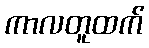
ကာလတူထက်